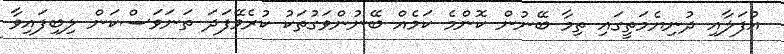
އުފަލާއި ދުނިޔެމަތީގައި ތިމާ ބޭނުން ކޮންމެ ކަމެއް ބޭނުންވަގުތަކު ކުރެވޭފަދަ ތަނަވަސްކަން ލިބިފައިވާ